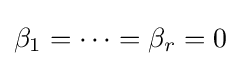
\beta _{1}=\cdots =\beta _{r}=0